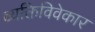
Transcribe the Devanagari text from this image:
व्यक्तिविवेकार